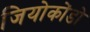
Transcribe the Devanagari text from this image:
जियोकोंडो